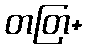
တတြ+